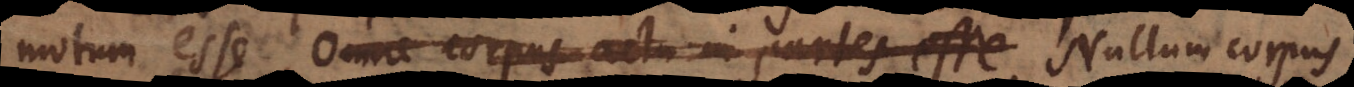
motum esse. Omne corpus actu in partes esse Nullum corpus